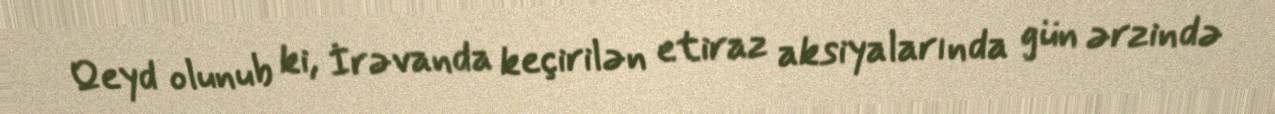
Qeyd olunub ki, İrəvanda keçirilən etiraz aksiyalarında gün ərzində